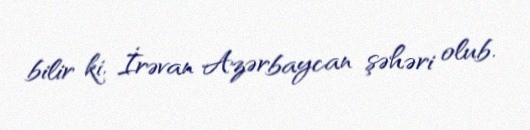
bilir ki, İrəvan Azərbaycan şəhəri olub.